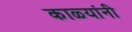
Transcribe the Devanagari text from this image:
काळ्यांनी